Eesti_Rahvusfond, lk 12
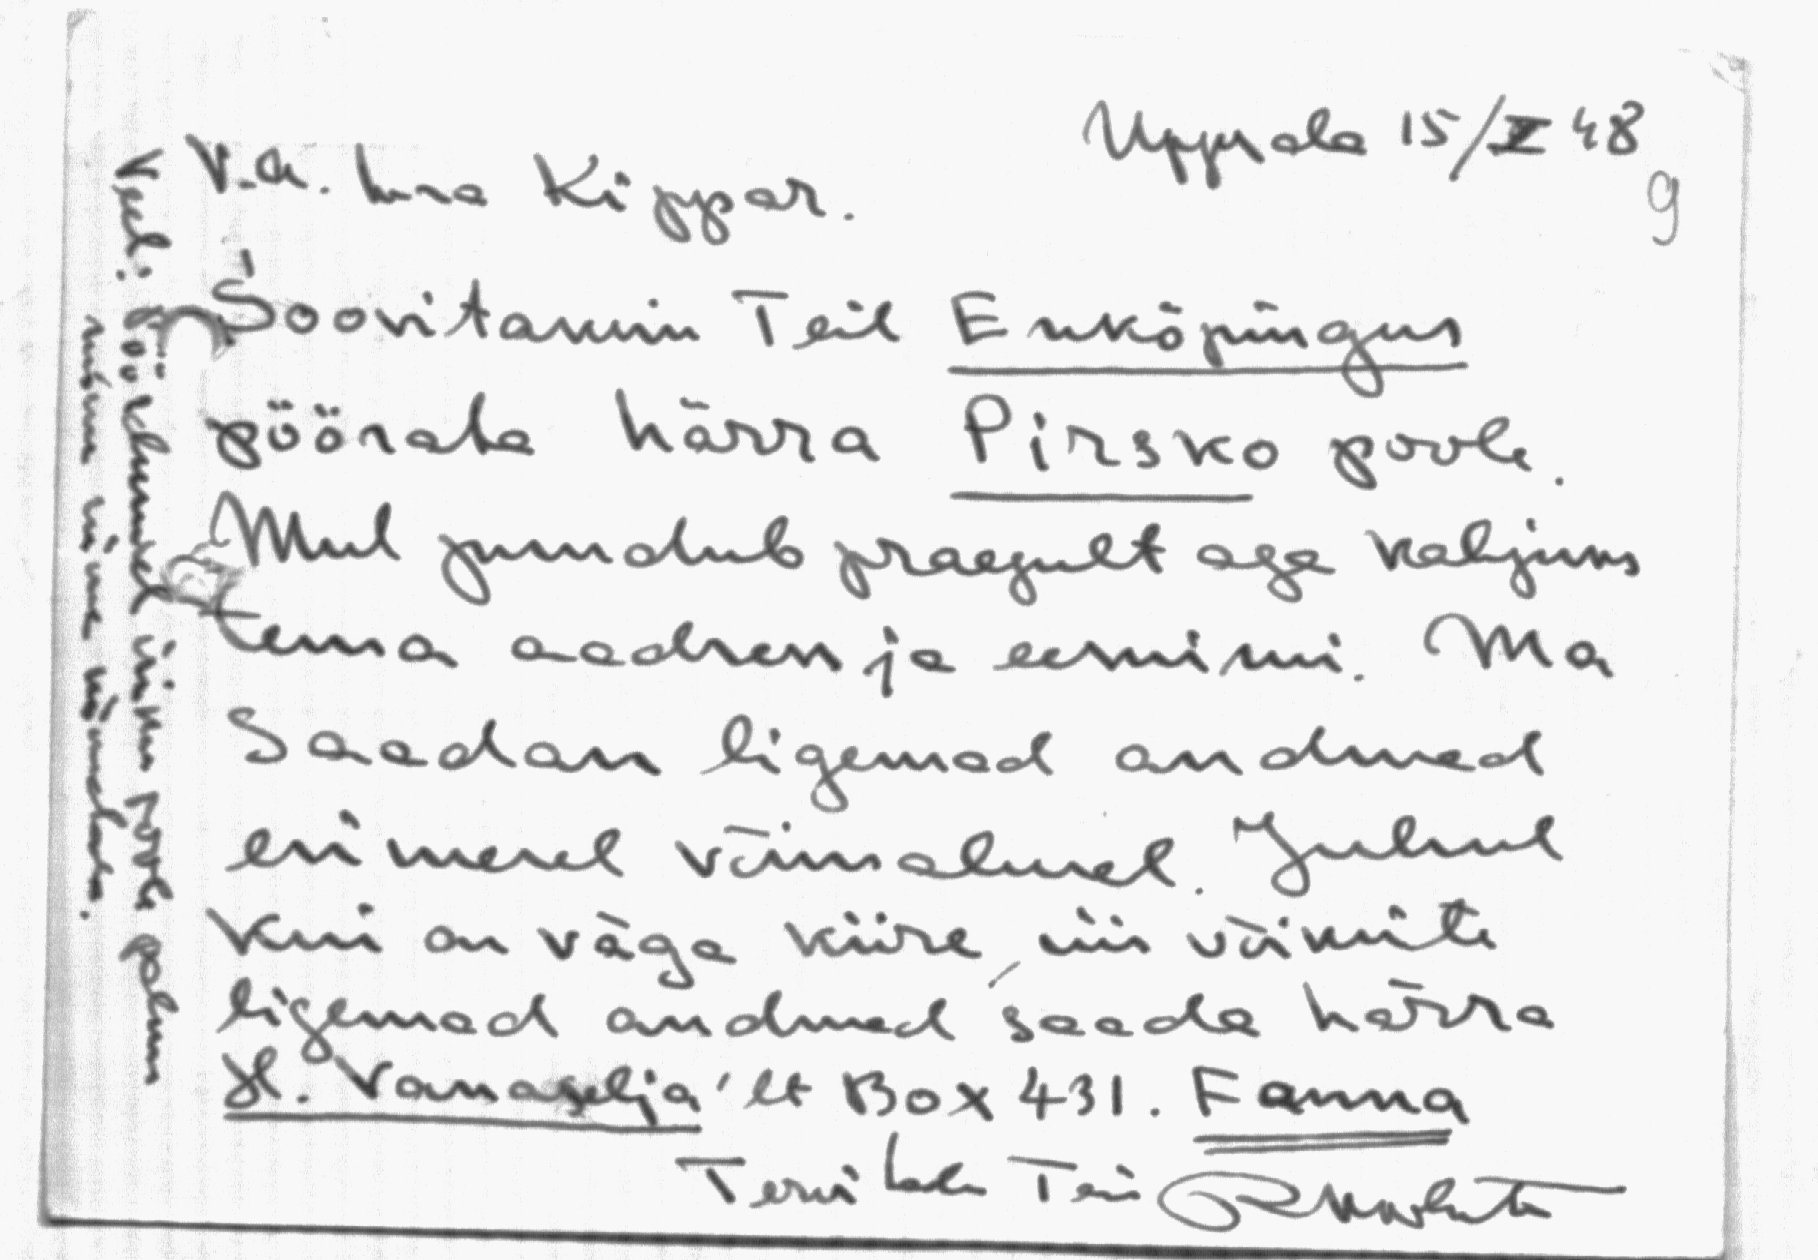
V. a. hra Kippar.
Uppsala 15/V 48
Soovitaksin Teil Enköpingus
pöörata härra Pirsko poole.
Mul puudub praegult aga kahjuks
tema aadress ja eesnimi. Ma
Saadan ligemad andmed
esimesel võimalusel. Juhul
kui on väga kiire, siis võiksite
ligemad andmed saada härra
H. Vanaselja'lt Box 431. Fanna
Tervitab Teie Rkuluta